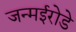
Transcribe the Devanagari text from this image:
जन्मईरोडे